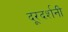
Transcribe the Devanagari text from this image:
दूरदर्शनी